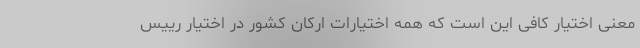
معنی اختیار کافی این است که همه اختیارات ارکان کشور در اختیار رییس